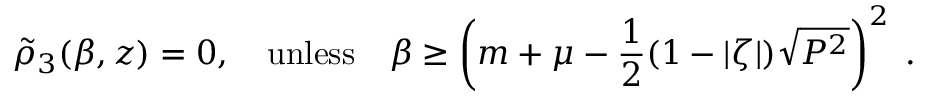
\tilde { \rho } _ { 3 } ( \beta , z ) = 0 , \quad \mathrm { u n l e s s } \quad \beta \ge \left( m + \mu - { \frac { 1 } { 2 } } ( 1 - | \zeta | ) \sqrt { P ^ { 2 } } \right) ^ { 2 } \; .